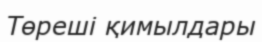
Төреші қимылдары